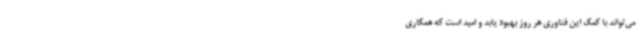
می‌تواند با کمک این فناوری هر روز بهبود یابد و امید است که همکاری